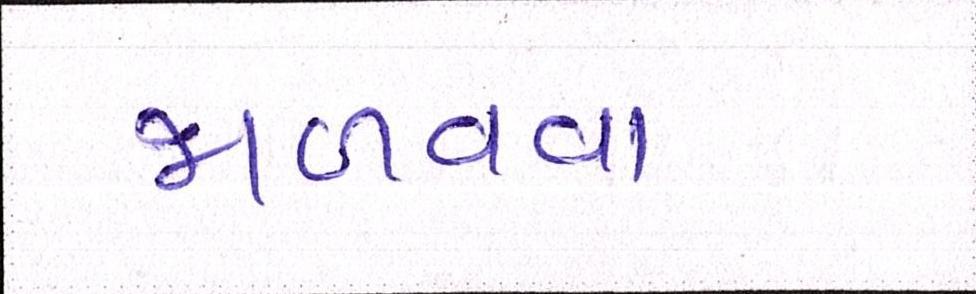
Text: જાળવવા